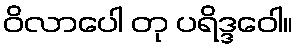
ဝိလာပေါ တု ပရိဒ္ဒဝေါ။